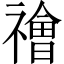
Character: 禬